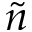
\tilde { n }